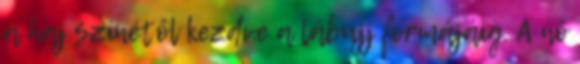
a haj színétől kezdve a lábujj formájáig. A nő